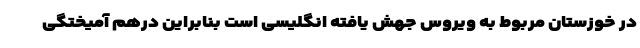
در خوزستان مربوط به ویروس جهش یافته انگلیسی است بنابراین درهم آمیختگی